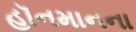
હૉનમાનના